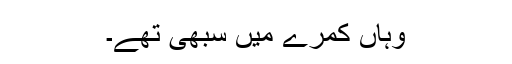
وہاں کمرے میں سبھی تھے۔